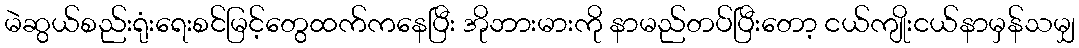
မဲဆွယ်စည်းရုံးရေးစင်မြင့်တွေထက်ကနေပြီး အိုဘားမားကို နာမည်တပ်ပြီးတော့ ငယ်ကျိုးငယ်နာမှန်သမျှ